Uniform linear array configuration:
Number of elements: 16
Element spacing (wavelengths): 1
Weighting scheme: kaiser
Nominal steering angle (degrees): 45
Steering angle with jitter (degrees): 43.425
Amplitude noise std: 0.05
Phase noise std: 0.05

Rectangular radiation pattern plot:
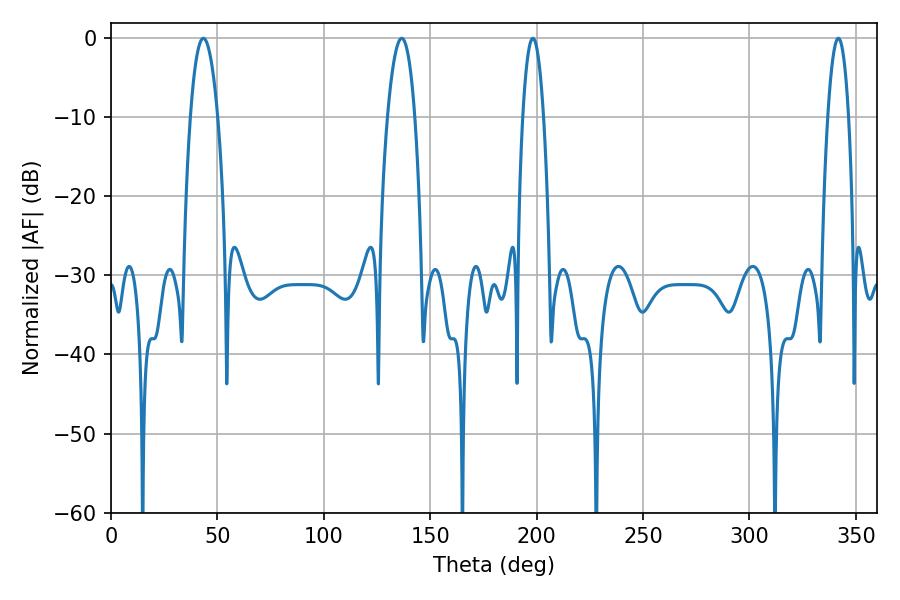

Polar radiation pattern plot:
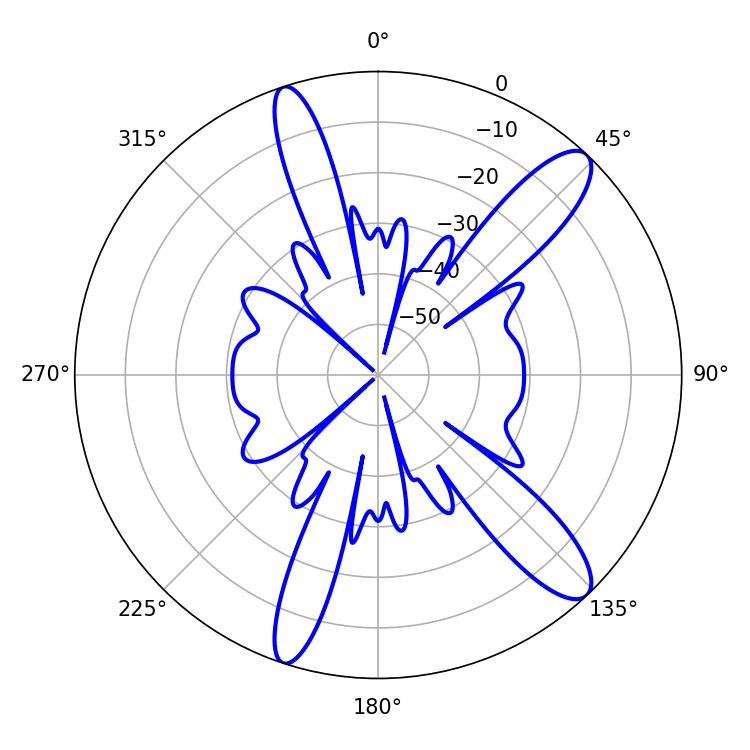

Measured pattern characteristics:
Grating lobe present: TRUE
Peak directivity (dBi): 12.226
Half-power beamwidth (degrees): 7.02
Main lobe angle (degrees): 43.38